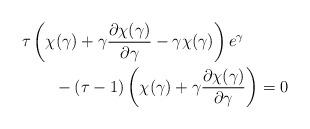
LaTeX: \begin{align*} &\tau\left( \chi(\gamma) + \gamma \frac{\partial \chi(\gamma)}{\partial\gamma}- \gamma\chi(\gamma) \right) e^{\gamma} \\&\qquad- (\tau-1)\left(\chi(\gamma) + \gamma\frac{\partial\chi(\gamma)}{\partial \gamma} \right) = 0\end{align*}